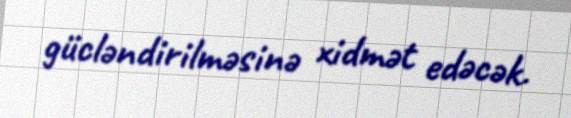
gücləndirilməsinə xidmət edəcək.